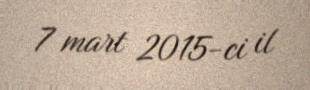
7 mart 2015-ci il